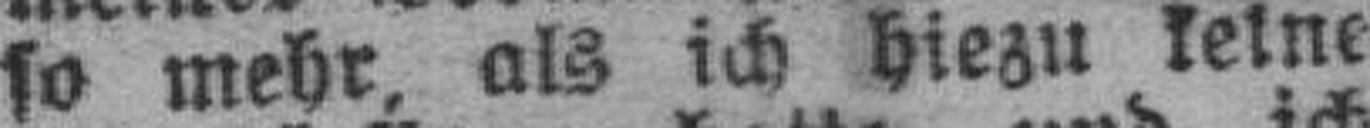
so mehr, als ich hiezu keine